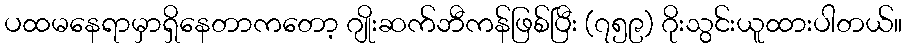
ပထမနေရာမှာရှိနေတာကတော့ ဂျိုးဆက်ဘီကန်ဖြစ်ပြီး (၇၅၉) ဂိုးသွင်းယူထားပါတယ်။